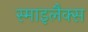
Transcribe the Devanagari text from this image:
स्माइलैक्स